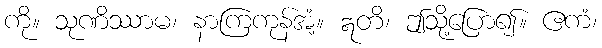
ကို။ သုဏိဿာမ၊ နာကြကုန်အံ့။ ဣတိ၊ ဤသို့ပြော၍။ ဧကံ၊